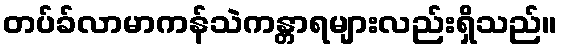
တပ်ခ်လာမာကန်သဲကန္တာရများလည်းရှိသည်။